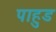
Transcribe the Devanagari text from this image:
पाहुड